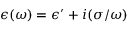
\epsilon ( \omega ) = \epsilon ^ { \prime } + i ( \sigma / \omega )